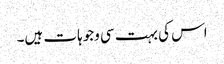
اس کی بہت سی وجوہات ہیں۔